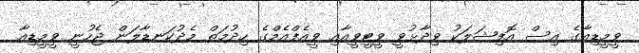
ވީމީޑިއާގެ އިސް އޮފިޝަލަކު ވިދާޅުވީ ވީޓީވީއާއި ވީއެފްއެމްގެ ހިދުމަތް މެދުކަނޑާލަން ޖެހުނީ ވީމީޑިއާ